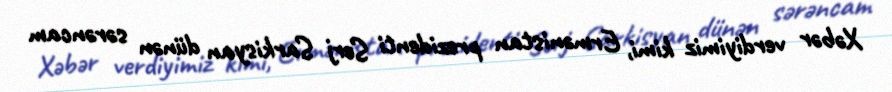
Xəbər verdiyimiz kimi, Ermənistan prezidenti Serj Sarkisyan dünən sərəncam